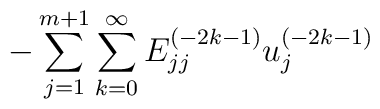
{-\sum_{j=1}^{m+1} \sum_{k=0}^{\infty} E^{(-2k-1)}_{jj}u^{(-2k-1)}_j}